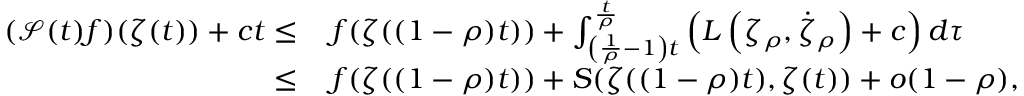
\begin{array} { r l } { ( \mathcal S ( t ) f ) ( \zeta ( t ) ) + c t \le } & { \, f ( \zeta ( ( 1 - \rho ) t ) ) + \int _ { \left( \frac 1 \rho - 1 \right) t } ^ { \frac t \rho } \left( L \left( \zeta _ { \rho } , \dot { \zeta } _ { \rho } \right) + c \right) d \tau } \\ { \le } & { \, f ( \zeta ( ( 1 - \rho ) t ) ) + S ( \zeta ( ( 1 - \rho ) t ) , \zeta ( t ) ) + o ( 1 - \rho ) , } \end{array}